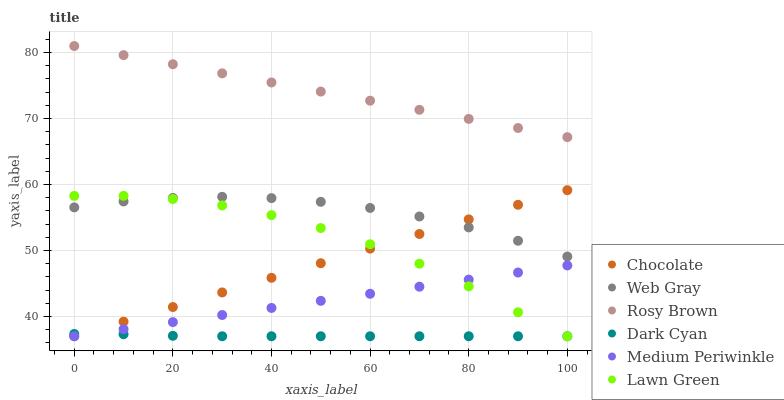
| xaxis_label | Chocolate | Web Gray | Rosy Brown | Dark Cyan | Medium Periwinkle | Lawn Green |
 | --- | --- | --- | --- | --- | --- | --- |
 | 0 | 37 | 56.5 | 81 | 37.3 | 37 | 58.3 |
 | 10 | 39.2 | 57.4 | 79.6 | 37.3 | 38.1 | 58.3 |
 | 20 | 41.4 | 58 | 78.2 | 37.1 | 39.1 | 57.8 |
 | 30 | 43.6 | 58.1 | 76.9 | 37 | 40.2 | 56.8 |
 | 40 | 45.9 | 57.9 | 75.5 | 37 | 41.3 | 55.4 |
 | 50 | 48.1 | 57.4 | 74.1 | 37 | 42.4 | 53.4 |
 | 60 | 50.3 | 56.4 | 72.7 | 37 | 43.4 | 50.9 |
 | 70 | 52.5 | 55.2 | 71.3 | 37 | 44.5 | 48 |
 | 80 | 54.7 | 53.5 | 69.9 | 37 | 45.6 | 44.6 |
 | 90 | 56.9 | 51.5 | 68.6 | 37 | 46.7 | 40.6 |
 | 100 | 59.1 | 49.1 | 67.2 | 37 | 47.7 | 37 |